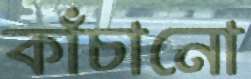
কাঁচানো